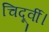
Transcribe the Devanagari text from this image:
चिदूर्वी।